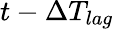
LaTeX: t-\Delta T_{lag}